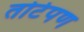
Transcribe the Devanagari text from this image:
तोटेपण